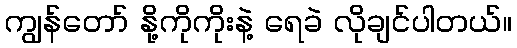
ကျွန်တော် နို့ကိုကိုးနဲ့ ရေခဲ လိုချင်ပါတယ်။